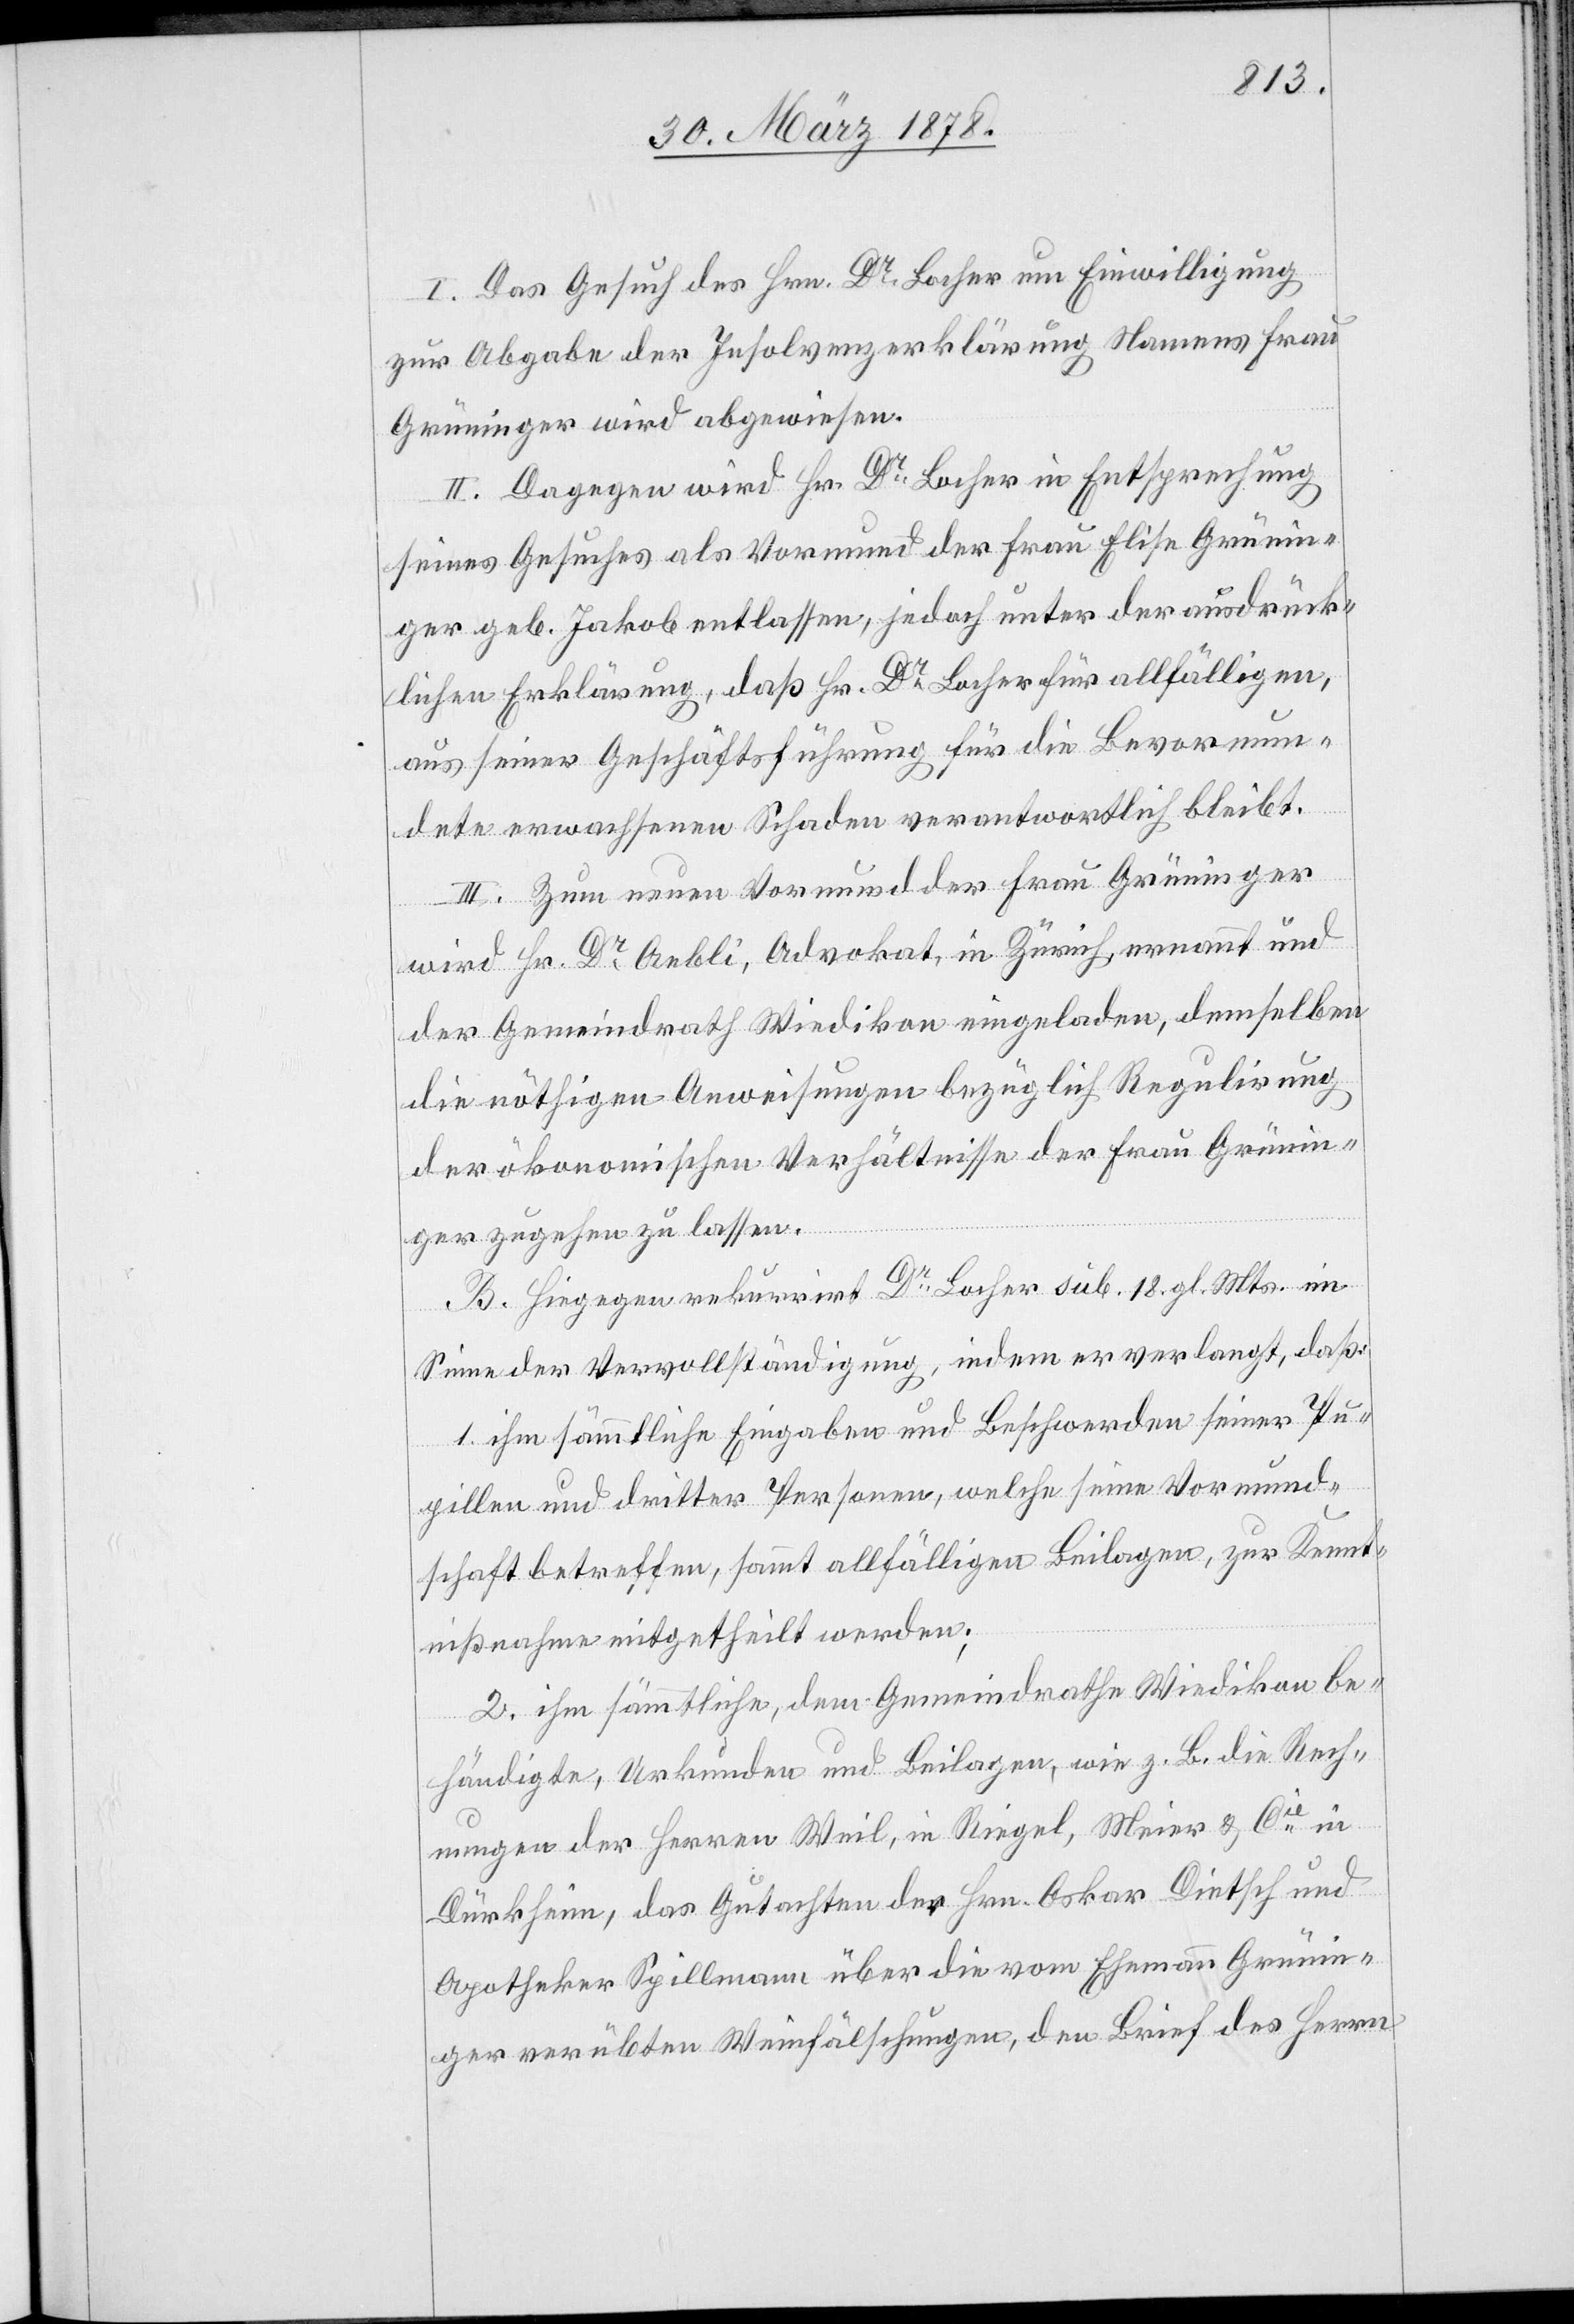
I. Das Gesuch des Hrn. Dr Locher um Einwilligung
zur Abgabe der Insolvenzerklärung Namens Frau
Grüninger wird abgewiesen.
II. Dagegen wird Hr. Dr Locher in Entsprechung
seines Gesuches als Vormund der Frau Elise Grünin¬
ger geb. Jakob entlassen, jedoch unter der ausdrück¬
lichen Erklärung, daß Hr. Dr Locher für allfälligen,
aus seiner Geschäftsführung für die Bevormun¬
dete erwachsenen Schaden verantwortlich bleibt.
III. Zum neuen Vormund der Frau Grüninger
wird Hr. Dr Aebli, Advokat, in Zürich, ernannt und
der Gemeindrath Wiedikon eingeladen, demselben
die nöthigen Anweisungen bezüglich Regulirung
der ökonomischen Verhältnisse der Frau Grünin¬
ger zugehen zu lassen.
B. Hiegegen rekurrirt Hr. Dr Locher sub. 18. gl. Mts. im
Sinne der Vervollständigung, indem er verlangt, daß:
1. ihm sämmtliche Eingaben und Beschwerden seiner Pu¬
pillen und dritter Personen, welche seine Vormund¬
schaft betreffen, sammt allfälligen Beilagen, zur Kennt¬
nißnahme mitgetheilt werden;
2. ihm sämmtliche, dem Gemeindrathe Wiedikon be¬
händigte, Urkunden und Beilagen, wie z. B. die Rech¬
nungen der Herren Weil, in Riegel, Meier & Cie in
Dürkheim, das Gutachten der Hrn. Oskar Dietsch und
Apotheker Spillmann über die vom Ehemann Grünin¬
ger verübten Weinfälschungen, den Brief des Herrn